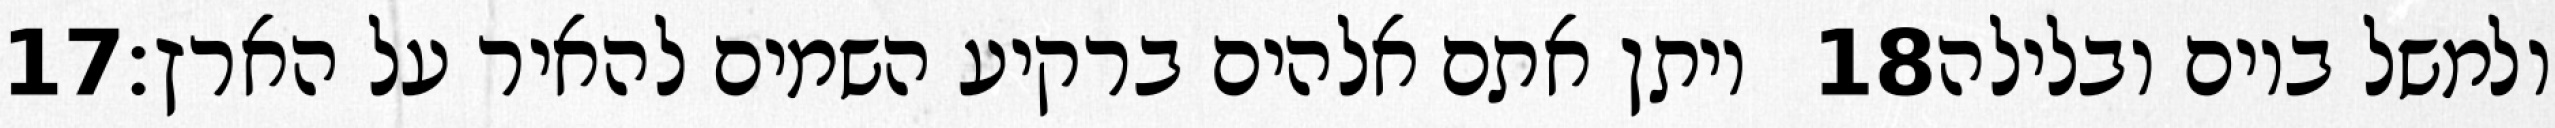
‎17‏ ויתן אתם אלהים ברקיע השמים להאיר על הארץ׃ ‎18‏ ולמשל ביום ובלילה